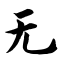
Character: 无